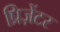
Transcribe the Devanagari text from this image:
प्रिज़ेंटर